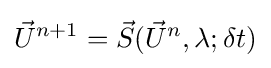
{\vec {U}}^{n+1}={\vec {S}}({\vec {U}}^{n},\lambda ;\delta t)